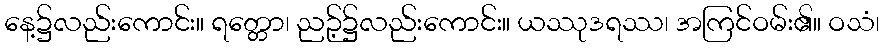
နေ့၌လည်းကောင်း။ ရတ္တော၊ ညဉ့်၌လည်းကောင်း။ ယဿုဒရဿ၊ အကြင်ဝမ်း၏။ ဝသံ၊